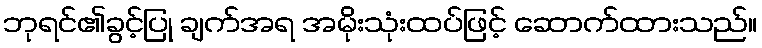
ဘုရင်၏ခွင့်ပြု ချက်အရ အမိုးသုံးထပ်ဖြင့် ဆောက်ထားသည်။